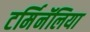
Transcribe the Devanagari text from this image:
टर्मिनॅलिया